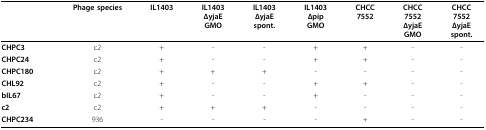
|  | Phage species | IL1403 | IL1403ΔyjaEGMO | IL1403ΔyjaEspont. | IL1403ΔpipGMO | CHCC7552 | CHCC7552ΔyjaEGMO | CHCC7552ΔyjaEspont. |
 | --- | --- | --- | --- | --- | --- | --- | --- | --- |
 | CHPC3 | c2 | + | - | - | + | + | - | - |
 | CHPC24 | c2 | + | - | - | + | + | - | - |
 | CHPC180 | c2 | + | + | + | - | - | - | - |
 | CHL92 | c2 | + | - | - | + | + | - | - |
 | bIL67 | c2 | + | - | - | + | - | - | - |
 | c2 | c2 | + | + | + | - | - | - | - |
 | CHPC234 | 936 | - | - | - | - | + | - | - |